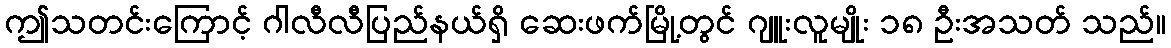
ဤသတင်းကြောင့် ဂါလီလီပြည်နယ်ရှိ ဆေးဖက်မြို့တွင် ဂျူးလူမျိုး ၁၈ ဦးအသတ် သည်။